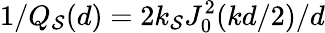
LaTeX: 1/Q_{\mathcal{S}}(d)=2k_{\mathcal{S}}J_{0}^{2}(kd/2)/d